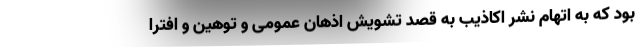
بود که به اتهام نشر اکاذیب به قصد تشویش اذهان عمومی و توهین و افترا